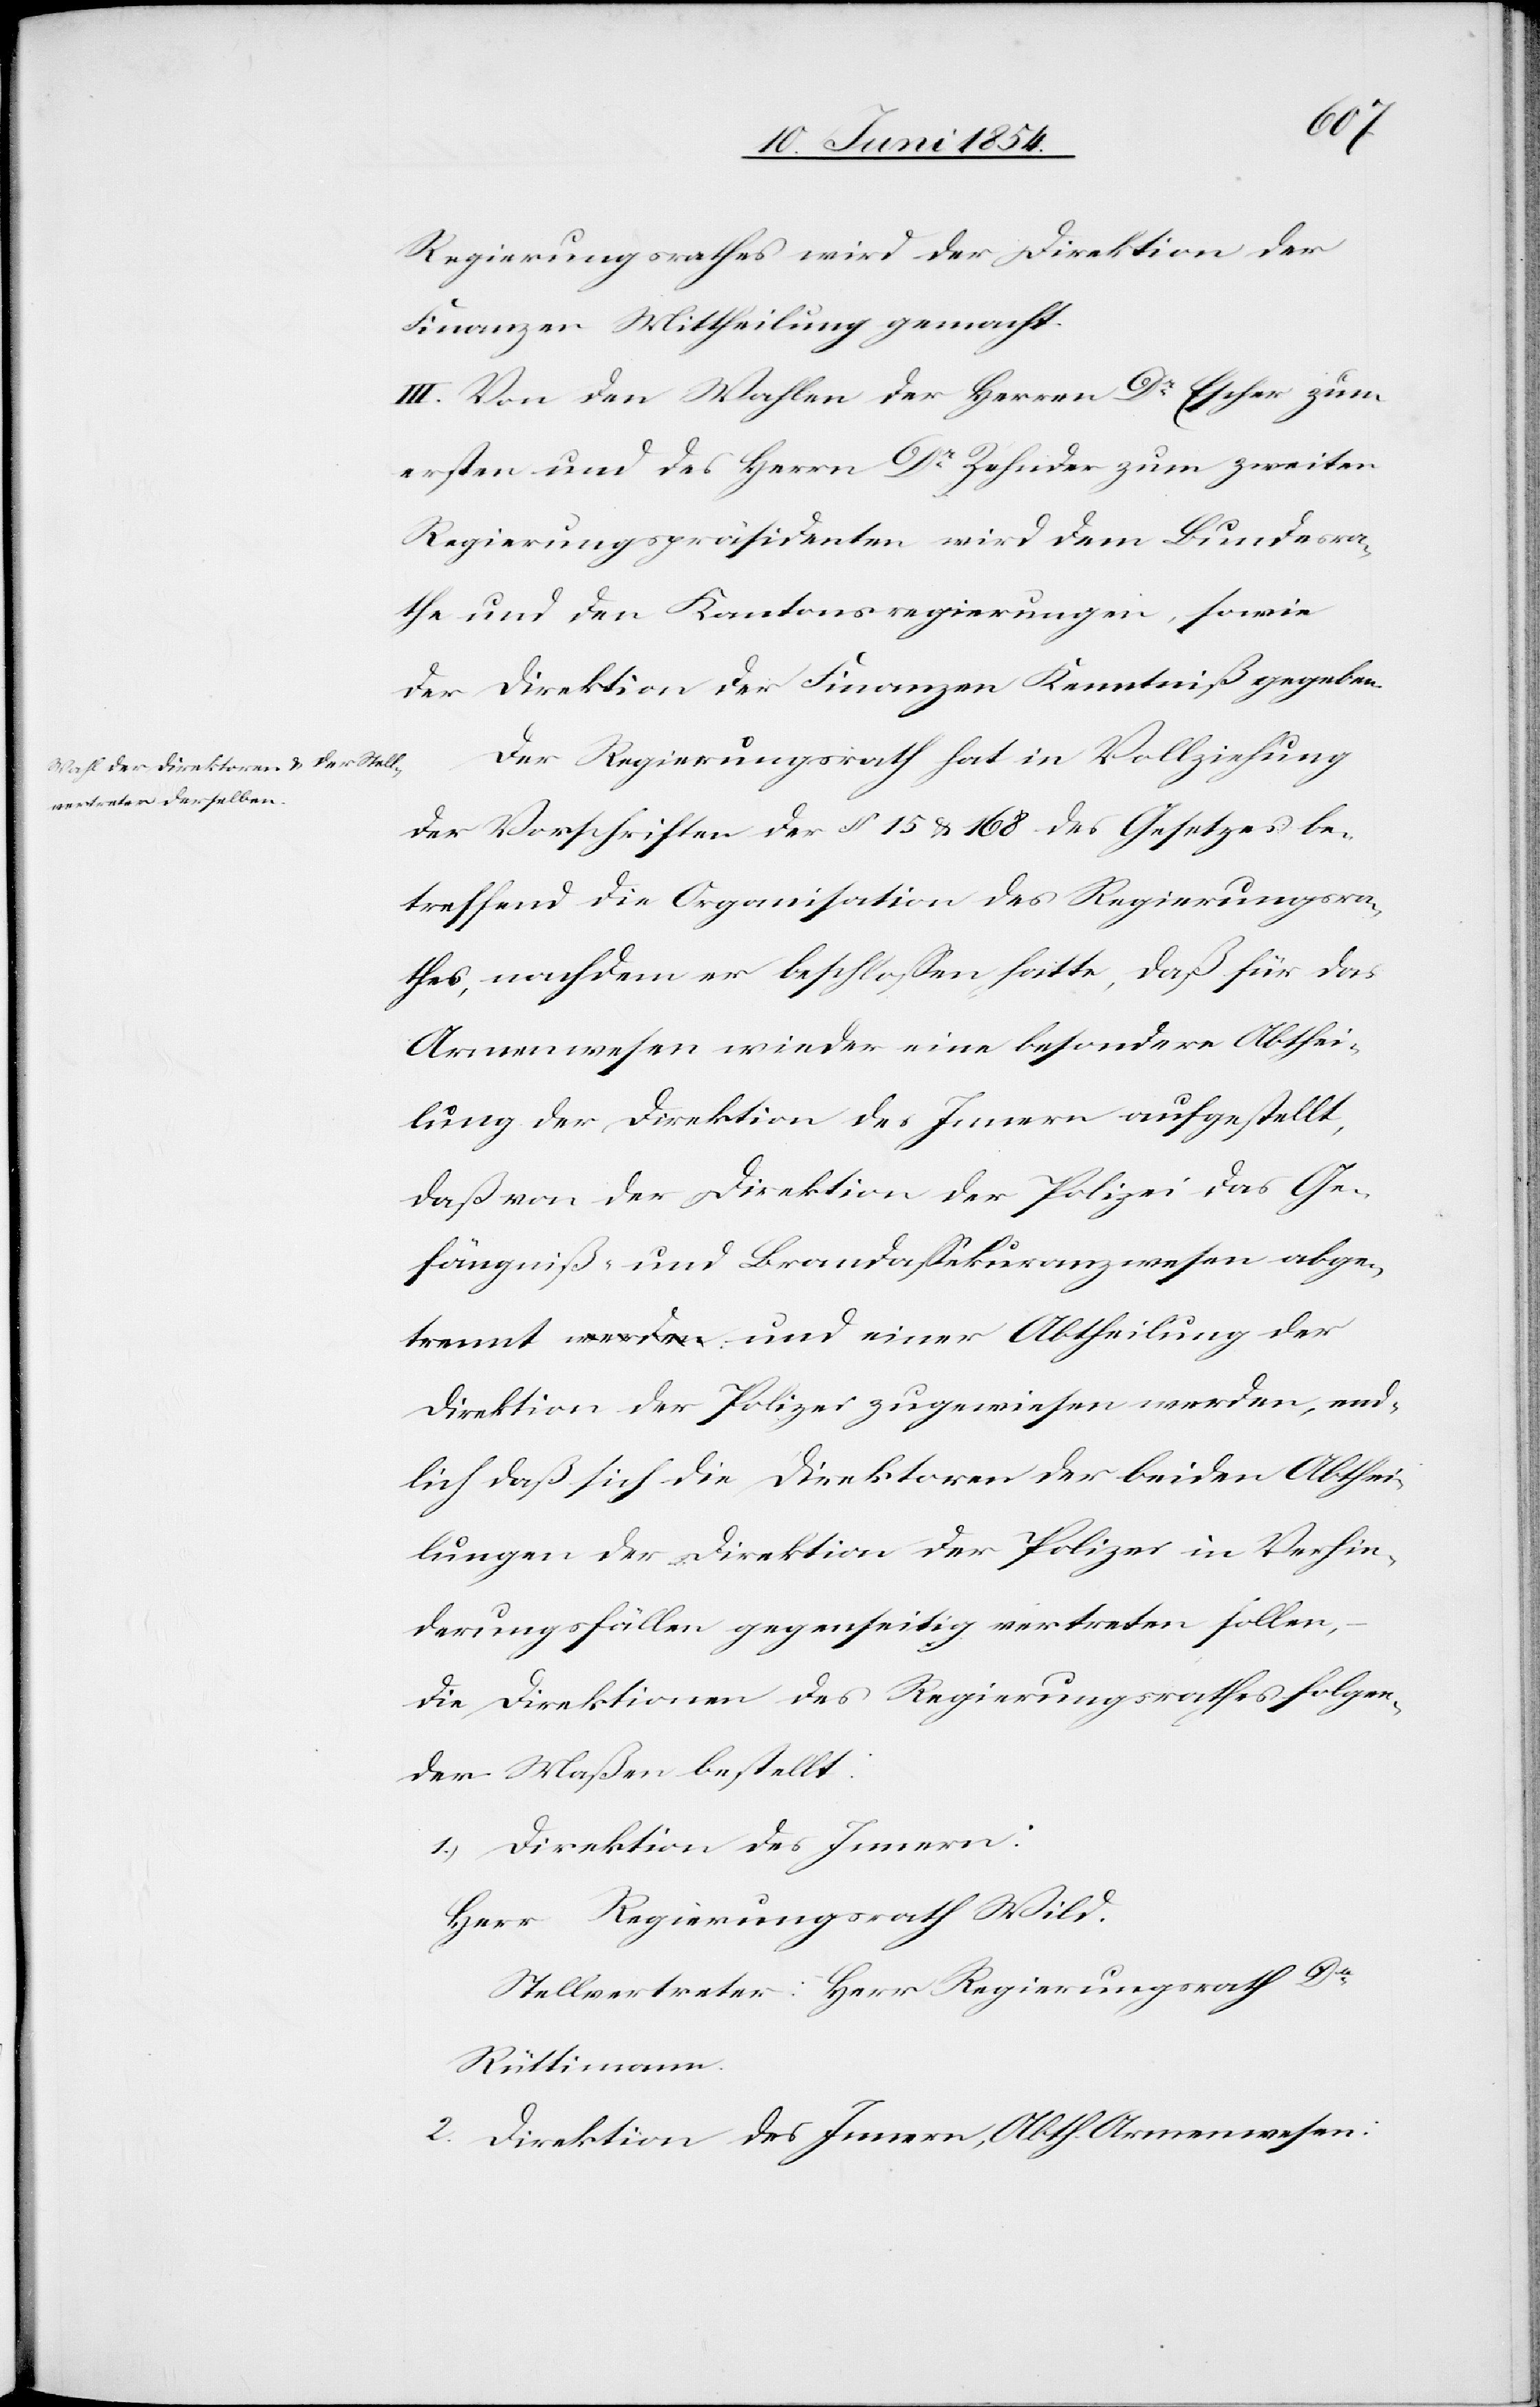
trennt
Regierungsrathes wird der Direktion der
Finanzen Mittheilung gemacht.
III. Von den Wahlen der Herren Dr Escher zum
ersten und des Herrn Dr Zehnder zum zweiten
Regierungspräsidenten wird dem Bundesra¬
the und den Kantonsregierungen, sowie
der Direktion der Finanzen Kenntniß gegeben.
Der Regierungsrath hat in Vollziehung
der Vorschriften der § 15 u. 168 des Gesetzes be¬
treffend die Organisation des Regierungsra¬
thes, nachdem er beschloßen hatte, daß für das
Armenwesen wieder eine besondere Abthei¬
lung der Direktion des Innern aufgestellt,
daß von der Direktion der Polizei das Ge¬
fängniß- und Brandaßekuranzwesen abge¬
Direktion der Polizei zugewiesen werden, end¬
lich daß sich die Direktoren der beiden Abthei¬
lungen der Direktion der Polizei in Verhin¬
derungsfällen gegenseitig vertreten sollen,
die Direktionen des Regierungsrathes folgen¬
der Maßen bestellt:
1.) Direktion des Innern:
Herr Regierungsrath Wild.
Stellvertreter: Herr Regierungsrath Dr
Rüttimann.
2. Direktion des Innern, Abth. Armenwesen: